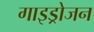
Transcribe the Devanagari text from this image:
गाइड्रोजन